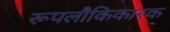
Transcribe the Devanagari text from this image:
रूपलौकिकारक